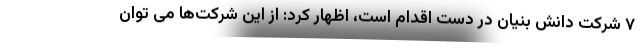
۷ شرکت دانش بنیان در دست اقدام است، اظهار کرد: از این شرکت‌ها می توان